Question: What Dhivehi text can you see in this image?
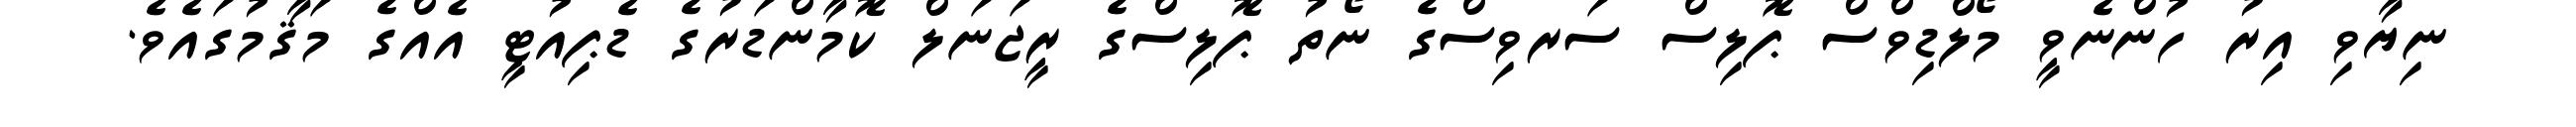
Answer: ނިޔާވި އިރު ހުންނެވީ މޯލްޑިވްސް ޕޮލިސް ސަރވިސްގެ ނޯތު ޕޮލިސްގެ ރީޖަނަލް ކޮމާންޑަރުގެ ޑެޕިއުޓީ އެއްގެ މަޤާމުގައެވެ.